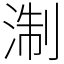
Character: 淛